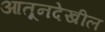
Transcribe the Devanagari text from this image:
आतूनदेखील